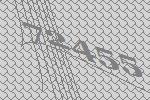
72455